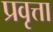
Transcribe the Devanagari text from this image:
प्रवृत्ता